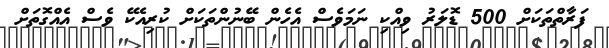
ފަރާތްތަކަށް 500 ޑޮލަރު ވިއްކި ނަމަވެސް އެހެން ބޭނުންތަކަށް ކުރިއެކޭ ވެސް އެއްގޮތަށް